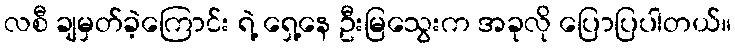
လစီ ချမှတ်ခဲ့ကြောင်း ရဲ့ ရှေ့နေ ဦးမြသွေးက အခုလို ပြောပြပါတယ်။